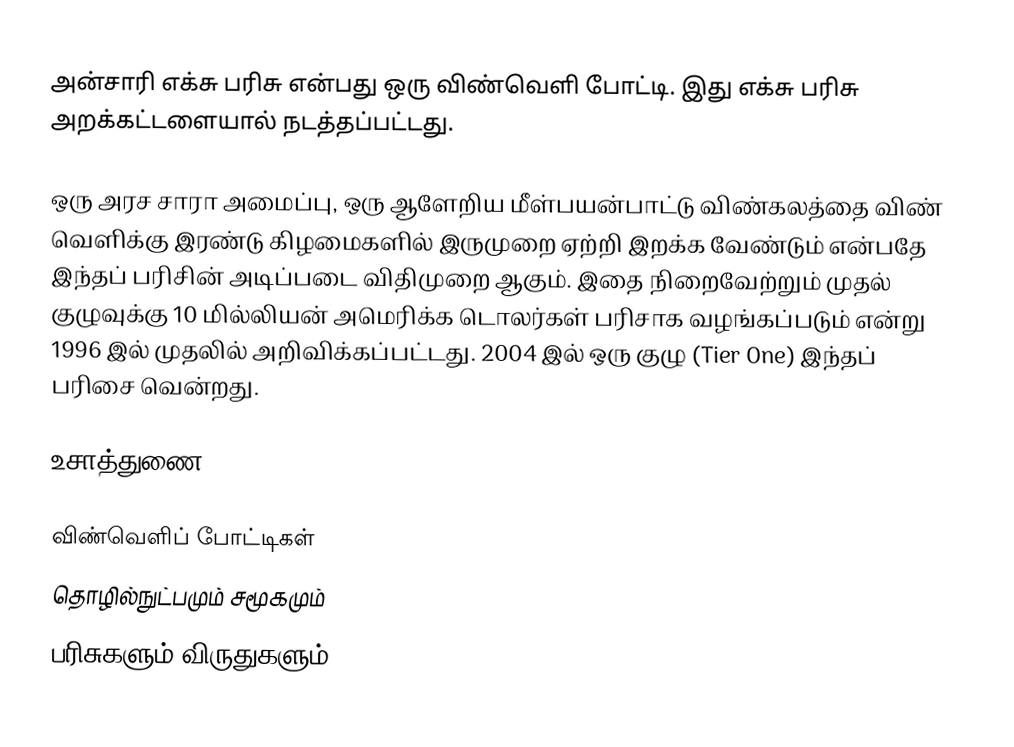
அன்சாரி எக்சு பரிசு என்பது ஒரு விண்வெளி போட்டி. இது எக்சு பரிசு அறக்கட்டளையால் நடத்தப்பட்டது.

ஒரு அரச சாரா அமைப்பு, ஒரு ஆளேறிய மீள்பயன்பாட்டு விண்கலத்தை விண் வெளிக்கு இரண்டு கிழமைகளில் இருமுறை ஏற்றி இறக்க வேண்டும் என்பதே இந்தப் பரிசின் அடிப்படை விதிமுறை ஆகும். இதை நிறைவேற்றும் முதல் குழுவுக்கு 10 மில்லியன் அமெரிக்க டொலர்கள் பரிசாக வழங்கப்படும் என்று 1996 இல் முதலில் அறிவிக்கப்பட்டது. 2004 இல் ஒரு குழு (Tier One) இந்தப் பரிசை வென்றது.

உசாத்துணை

விண்வெளிப் போட்டிகள்
தொழில்நுட்பமும் சமூகமும்
பரிசுகளும் விருதுகளும்